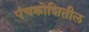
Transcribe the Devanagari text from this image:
पंचक्रोशितील